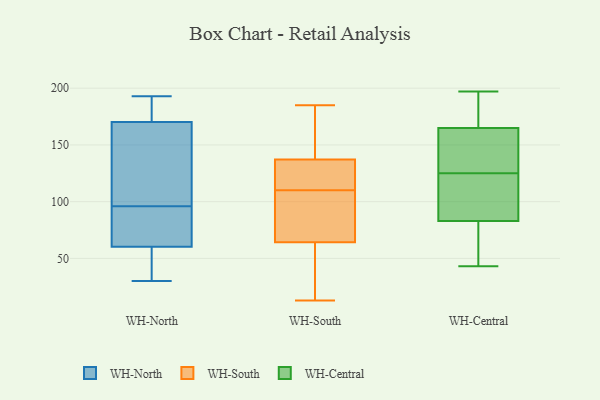
{"axis": {"x": "Operating Costs (USD K)", "y": "Value"}, "legend": ["WH-Central", "WH-North", "WH-South"], "data": [{"x": "", "y": 93, "type": "WH-North"}, {"x": "", "y": 51, "type": "WH-North"}, {"x": "", "y": 116, "type": "WH-North"}, {"x": "", "y": 31, "type": "WH-North"}, {"x": "", "y": 37, "type": "WH-North"}, {"x": "", "y": 193, "type": "WH-North"}, {"x": "", "y": 89, "type": "WH-North"}, {"x": "", "y": 96, "type": "WH-North"}, {"x": "", "y": 96, "type": "WH-North"}, {"x": "", "y": 135, "type": "WH-North"}, {"x": "", "y": 88, "type": "WH-North"}, {"x": "", "y": 30, "type": "WH-North"}, {"x": "", "y": 193, "type": "WH-North"}, {"x": "", "y": 182, "type": "WH-North"}, {"x": "", "y": 185, "type": "WH-North"}, {"x": "", "y": 174, "type": "WH-South"}, {"x": "", "y": 121, "type": "WH-South"}, {"x": "", "y": 105, "type": "WH-South"}, {"x": "", "y": 139, "type": "WH-South"}, {"x": "", "y": 133, "type": "WH-South"}, {"x": "", "y": 64, "type": "WH-South"}, {"x": "", "y": 110, "type": "WH-South"}, {"x": "", "y": 65, "type": "WH-South"}, {"x": "", "y": 13, "type": "WH-South"}, {"x": "", "y": 38, "type": "WH-South"}, {"x": "", "y": 17, "type": "WH-South"}, {"x": "", "y": 98, "type": "WH-South"}, {"x": "", "y": 135, "type": "WH-South"}, {"x": "", "y": 138, "type": "WH-South"}, {"x": "", "y": 185, "type": "WH-South"}, {"x": "", "y": 131, "type": "WH-Central"}, {"x": "", "y": 43, "type": "WH-Central"}, {"x": "", "y": 165, "type": "WH-Central"}, {"x": "", "y": 83, "type": "WH-Central"}, {"x": "", "y": 93, "type": "WH-Central"}, {"x": "", "y": 70, "type": "WH-Central"}, {"x": "", "y": 146, "type": "WH-Central"}, {"x": "", "y": 111, "type": "WH-Central"}, {"x": "", "y": 178, "type": "WH-Central"}, {"x": "", "y": 197, "type": "WH-Central"}, {"x": "", "y": 190, "type": "WH-Central"}, {"x": "", "y": 70, "type": "WH-Central"}, {"x": "", "y": 119, "type": "WH-Central"}, {"x": "", "y": 147, "type": "WH-Central"}]}